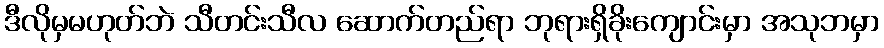
ဒီလိုမှမဟုတ်ဘဲ သီတင်းသီလ ဆောက်တည်ရာ ဘုရားရှိခိုးကျောင်းမှာ အသုဘမှာ